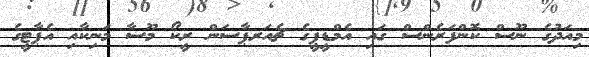
މިއަދުގެ ނޫސް ކޮންފަރެންސް ގައި އެމްޑީޕީގެ ޗެއަރޕާސަން ރީކޯ މޫސާ މަނިކާއި އެޕާޓީގެ